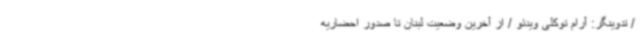
/ تدوینگر: آرام توکلی ویدئو / از آخرین وضعیت لبنان تا صدور احضاریه